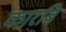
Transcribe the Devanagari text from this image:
कारबि